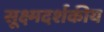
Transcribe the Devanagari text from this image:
सूक्ष्मदर्शकीय